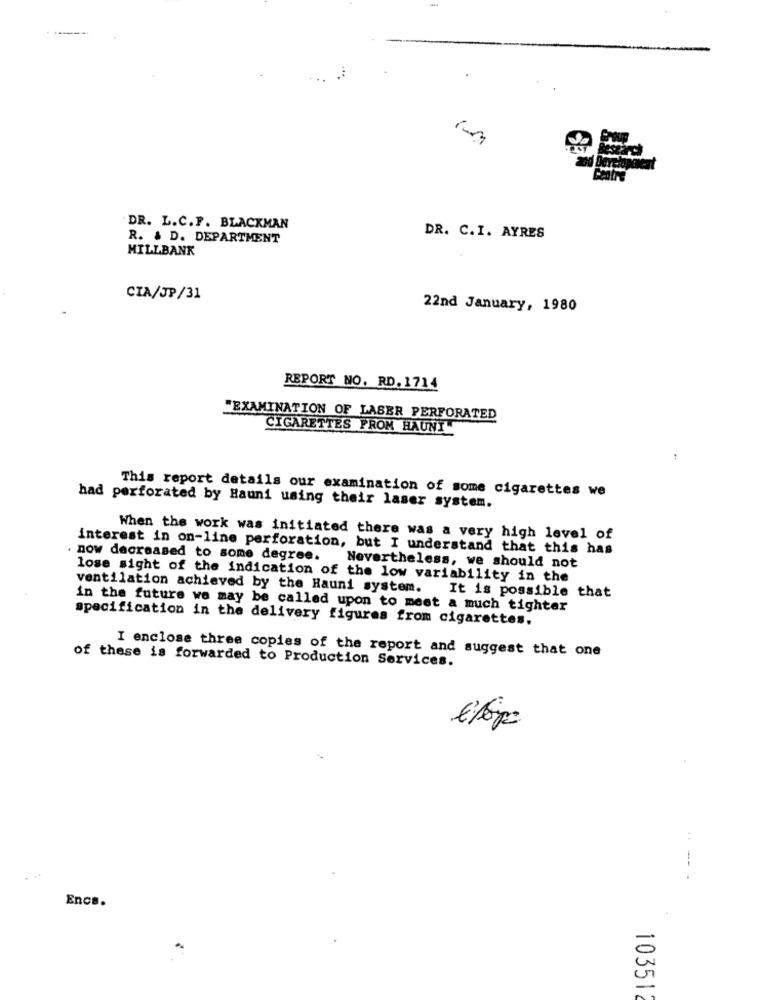
-
DR. L.C.F. BLACKMAN
R. & D. DEPARTMENT
DR. C.I. AYRES
MILLBANK
CIA/JP/31
22nd January, 1980
REPORT NO. RD. 1714
"EXAMINATION OF LASER PERFORATED
CIGARETTES FROM HAUNT
This report details our examination of some cigarettes we
had perforated by Hauni using their laser system.
When the work was initiated there was a very high level of
interest in on-line perforation, but I understand that this has
. now decreased to some degree. Nevertheless, we should not
lose sight of the indication of the low variability in the
ventilation achieved by the Hauni system. It is possible that
in the future we may be called upon to meet a much tighter
specification in the delivery figures from cigarettes,
I enclose three copies of the report and suggest that one
of these is forwarded to Production Services.
--
Encs.
103512